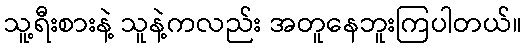
သူ့ရီးစားနဲ့ သူနဲ့ကလည်း အတူနေဘူးကြပါတယ်။